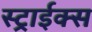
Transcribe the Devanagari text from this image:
स्ट्राईक्स